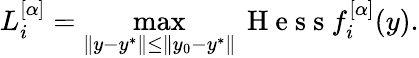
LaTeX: L_{i}^{[\alpha]}=\operatorname*{max}_{\| y-y^{*}\| \leq\| y_{0}-y^{*}\| }\mathrm{~H~e~s~s~}f_{i}^{[\alpha]}(y).